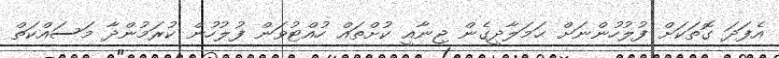
އެފަދަ ގޮތަކަށް ފުލުހުންނަށް ޙަމަލާދީގެން ޖިނާއީ ކުށްތައް ހުއްޓުވަން ފުލުހުން ކުރަމުންދާ މަސައްކަތް